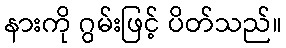
နားကို ဂွမ်းဖြင့် ပိတ်သည်။